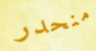
منحدر